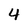
Character: 4